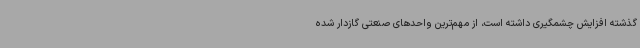
گذشته افزایش چشمگیری داشته است، از مهم‌ترین واحدهای صنعتی گازدار شده